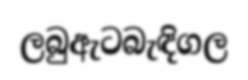
ලබුඇටබැඳිගල